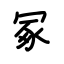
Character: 冢